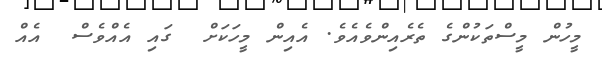
މީހުން މީސްތަކުންގެ ތެރެއިންވެއެވެ. އެއިން މީހަކަށް  ގައި އެއްވެސް  އެއް